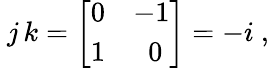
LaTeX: ~j\, k={\left[\begin{array}{ll}{0}&{-1}\\ {1}&{\; ~0}\end{array}\right]}=-i~,